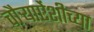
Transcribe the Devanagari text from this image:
चौऱ्याऐंशीच्या